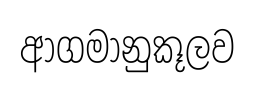
ආගමානුකූලව